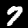
Label: 7